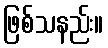
ဖြစ်သနည်း။